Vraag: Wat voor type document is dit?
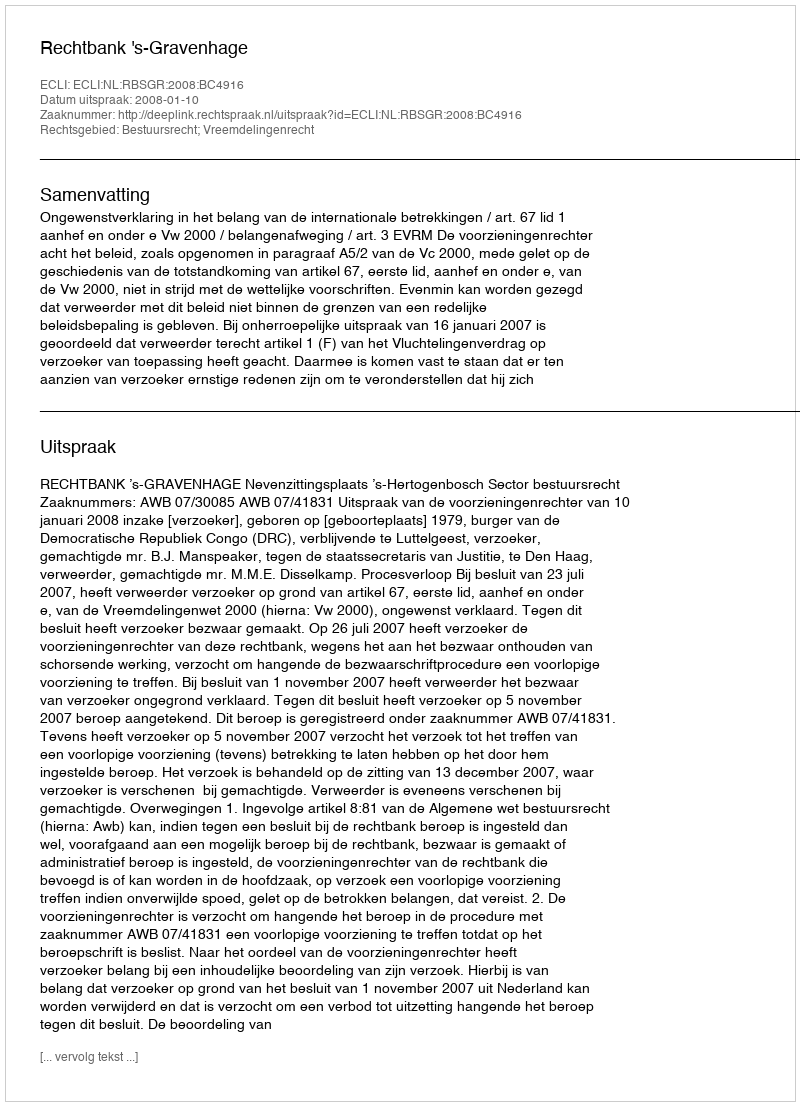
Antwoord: Uitspraak